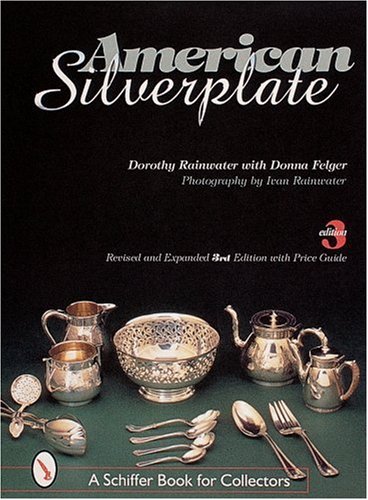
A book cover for American Silverplate; Dorothy T. Rainwater; Crafts, Hobbies & Home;